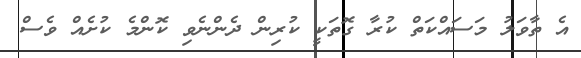
އެ ތާވަލު މަސައްކަތް ކުރާ ގޮތަކީ ކުރިން ދެންނެވި ކޮންމެ ކުށެއް ވެސް